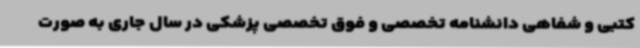
کتبی و شفاهی دانشنامه تخصصی و فوق تخصصی پزشکی در سال جاری به صورت